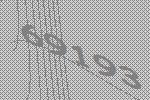
69193